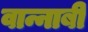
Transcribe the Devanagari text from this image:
वान्नाबी